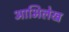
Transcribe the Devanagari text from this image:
आभिलेख